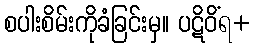
စပါးစိမ်းကိုခံခြင်းမှ။ ပဋိဝိံရ+